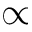
{ \displaystyle \propto }